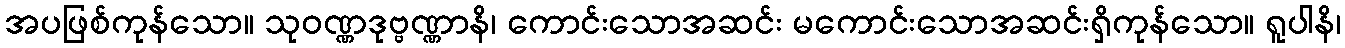
အပဖြစ်ကုန်သော။ သုဝဏ္ဏဒုဗ္ဗဏ္ဏာနိ၊ ကောင်းသောအဆင်း မကောင်းသောအဆင်းရှိကုန်သော။ ရူပါနိ၊